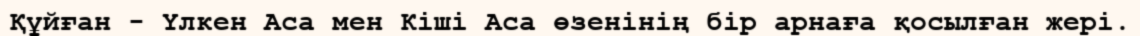
Құйған - Үлкен Аса мен Кіші Аса өзенінің бір арнаға қосылған жері.